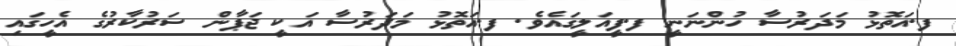
ފ.އަތޮޅު މަދަރުސާ ހުންނަނީ ފ.ފީއަލީގައެވެ. ފ.އަތޮޅު މަދަރުސާ އަކީ ޖަޕާން ސަރުކާރުގެ އެހީގައި